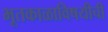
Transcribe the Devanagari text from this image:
भूतकाळाविषयीची